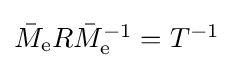
\textstyle {\bar {M}}_{\mathrm {e} }R{\bar {M}}_{\mathrm {e} }^{-1}=T^{-1}